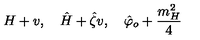
H + v , \quad \hat { H } + \hat { \zeta } v , \quad \hat { \varphi } _ { o } + { \frac { m _ { H } ^ { 2 } } { 4 } }